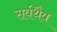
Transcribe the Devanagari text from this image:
सर्वथैव